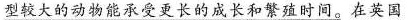
型较大的动物能承受更长的成长和繁殖时间。在英国